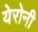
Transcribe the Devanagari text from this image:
येरोनी